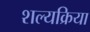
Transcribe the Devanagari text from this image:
शल्‍यक्रिया